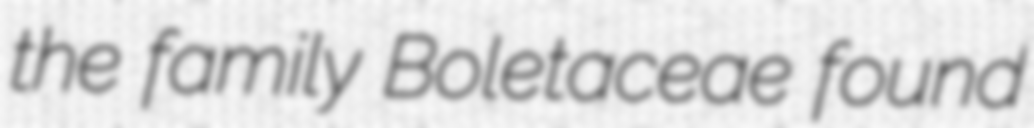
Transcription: the family Boletaceae found